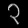
Digit: ၃